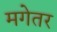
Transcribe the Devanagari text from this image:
मगेतर